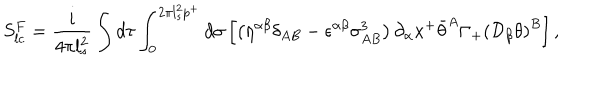
LaTeX: S _ { l c } ^ { F } = \frac { i } { 4 \pi l _ { s } ^ { 2 } } \int d \tau \int _ { 0 } ^ { 2 \pi l _ { s } ^ { 2 } p ^ { + } } d \sigma \left[ \left( \eta ^ { \alpha \beta } \delta _ { A B } - \epsilon ^ { \alpha \beta } \sigma _ { A B } ^ { 3 } \right) \partial _ { \alpha } x ^ { + } \bar { \theta } ^ { A } \Gamma _ { + } \left( \mathcal { D } _ { \beta } \theta \right) ^ { B } \right] ,